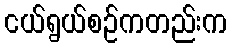
ငယ်ရွယ်စဉ်ကတည်းက